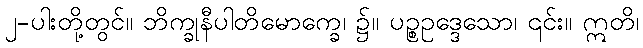
၂-ပါးတို့တွင်။ ဘိက္ခုနီပါတိမောက္ခေ၊ ၌။ ပဉ္စဥဒ္ဒေသော၊ ၎င်း။ ဣတိ၊